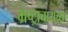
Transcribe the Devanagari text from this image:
भ्रष्ट्राचाराच्या